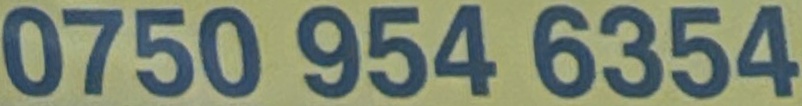
0750 954 6354